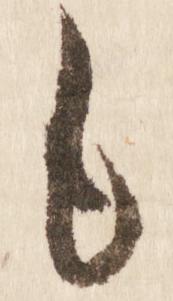
も